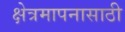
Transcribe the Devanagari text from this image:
क्षेत्रमापनासाठी